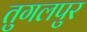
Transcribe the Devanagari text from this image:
तुगलपुर